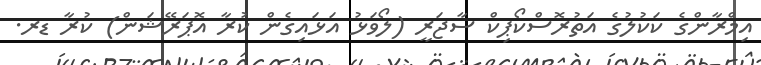
އިމްރާންގެ ކަކުލުގެ އަތުރޮސްކޯޕިކް ސާޖަރީ (ލޯވަޅު އަޅައިގެން ކުރާ އޮޕަރޭޝަން) ކުރާ ޑރ.